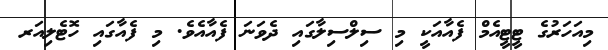
މިއަހަރުގެ ޓީޓީއެމް ފެއާއަކީ މި ސިލްސިލާގައި ދެވަނަ ފެއާއެވެ. މި ފެއާގައި ހޮޓެލިއަރ